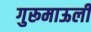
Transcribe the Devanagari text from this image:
गुरूमाऊली